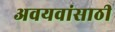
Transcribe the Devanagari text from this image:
अवयवांसाठी